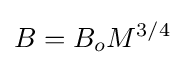
B=B_{o}M^{3/4}